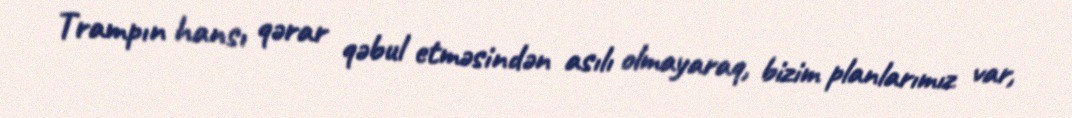
Trampın hansı qərar qəbul etməsindən asılı olmayaraq, bizim planlarımız var,